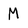
Character: M